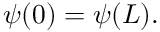
\psi ( 0 ) = \psi ( L ) .